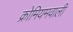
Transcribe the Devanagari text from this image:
क्रोमियमवाली